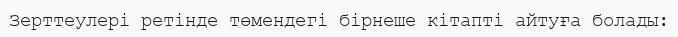
Зерттеулері ретінде төмендегі бірнеше кітапті айтуға болады: